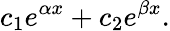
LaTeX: c_{1}e^{\alpha x}+c_{2}e^{\beta x}.